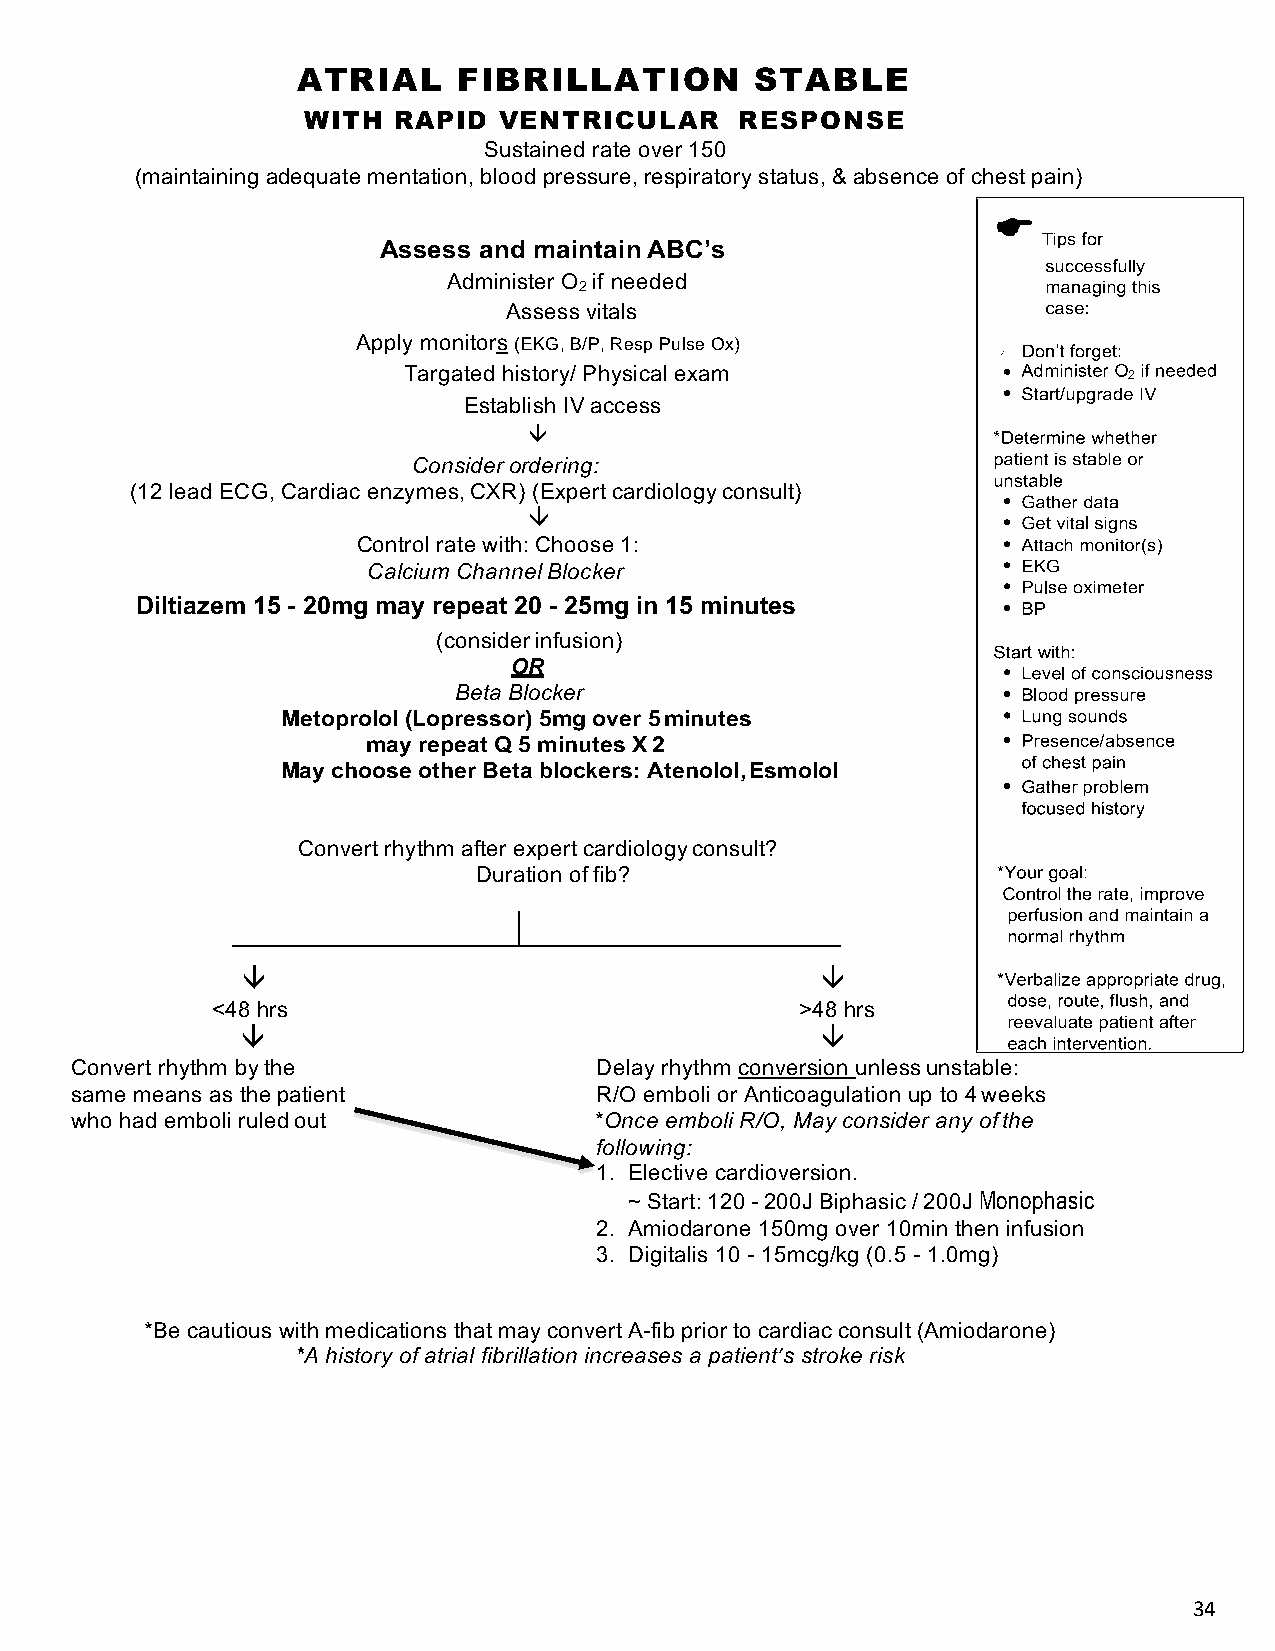
ATRIAL    FIBRILLATION        STABLE
 WITH  RAPID  VENTRICULAR     RESPONSE
 Sustained rate over 150
 (maintaining adequate mentation, blood pressure, respiratory status, & absence of chest pain)
 Assess and maintain ABC’s
 Administer O if needed
 2
 Assess vitals
 Apply monitors (EKG, B/P, Resp Pulse Ox)
 Targated history/ Physical exam                 2
 Establish IV access
 â
 Consider ordering:
 (12 lead ECG, Cardiac enzymes, CXR) (Expert cardiology consult)
 â
 Control rate with: Choose 1:
 Calcium Channel Blocker
 Diltiazem 15 - 20mg may repeat 20 - 25mg in 15 minutes
 (consider infusion)
 OR
 Beta Blocker
 Metoprolol (Lopressor) 5mg over 5 minutes
 may repeat Q 5 minutes X 2
 May choose other Beta blockers: Atenolol, Esmolol
 Convert rhythm after expert cardiology consult?
 Duration of fib?
 â                                     â
 <48 hrs                                >48 hrs
 â                                     â
 Convert rhythm by the             Delay rhythm conversion unless unstable:
 same means as the patient         R/O emboli or Anticoagulation up to 4 weeks
 who had emboli ruled out          *Once emboli R/O, May consider any of the
 following:
 1. Elective cardioversion.
 ~ Start: 120 - 200J Biphasic / 200J Monophasic
 2. Amiodarone 150mg over 10min then infusion
 3. Digitalis 10 - 15mcg/kg (0.5 - 1.0mg)
 *Be cautious with medications that may convert A-fib prior to cardiac consult (Amiodarone)
 *A history of atrial fibrillation increases a patient’s stroke risk
 34